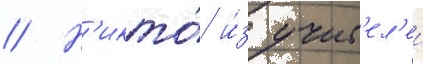
// Н'икто́ и́з учит'ел'еи